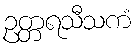
ဥတ္တရသီသကံ